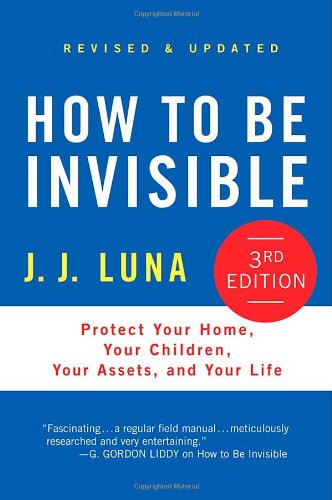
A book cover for How to Be Invisible: Protect Your Home, Your Children, Your Assets, and Your Life; J. J. Luna; Computers & Technology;